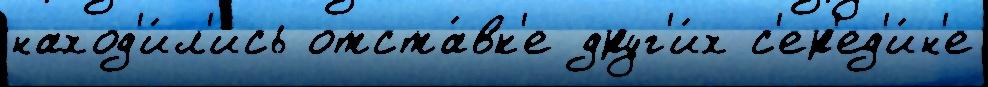
наход'и́л'ись отста́вк'е друг'и́х с'ер'ед'и́н'е